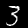
Digit: 3